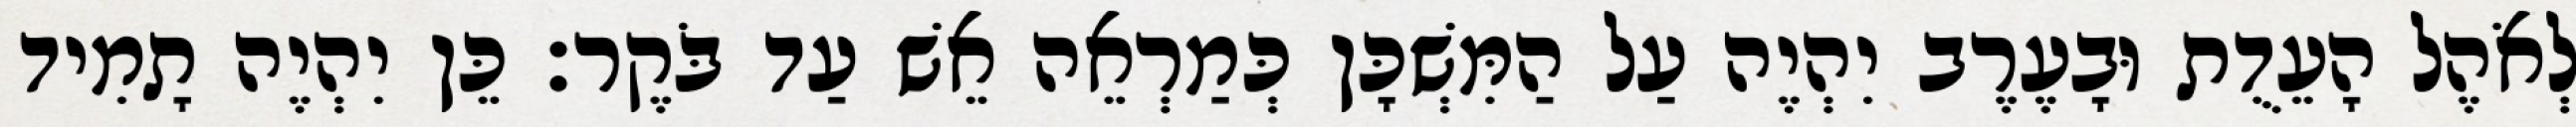
לְאֹהֶל הָעֵדֻת וּבָעֶרֶב יִהְיֶה עַל הַמִּשְׁכָּן כְּמַרְאֵה אֵשׁ עַד בֹּקֶר׃ כֵּן יִהְיֶה תָמִיד